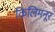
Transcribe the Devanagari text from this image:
किलिमनूर